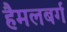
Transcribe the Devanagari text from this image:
हैमलबर्ग